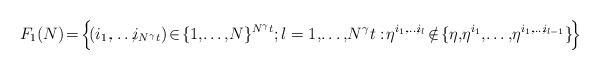
LaTeX: \begin{align*}F_{1}(N) \!= \! \Big\{ \!(i_{1}, \! \! \dots, \! \! i_{N^{\gamma}t}) \! \in \! \{1, \! \dots, \! N\}^{N^{\gamma}t}; l = 1, \! \dots, \! N^{\gamma}t: \! \eta^{i_{1}, \! \dots, \! i_{l}} \! \notin \! \{\eta, \! \eta^{i_{1}}, \! \dots, \! \eta^{i_{1}, \! \dots, \! i_{l-1}}\} \! \Big\}\end{align*}